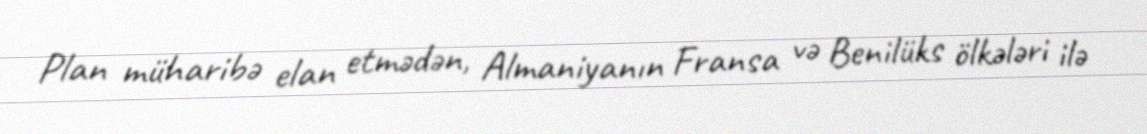
Plan müharibə elan etmədən, Almaniyanın Fransa və Benilüks ölkələri ilə